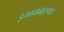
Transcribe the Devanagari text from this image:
इमामबारगाह